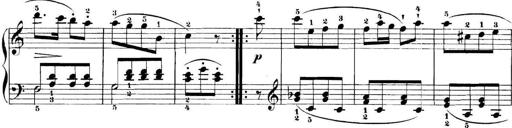
Title: 11 Sonatinas
Composer: Anton Diabelli